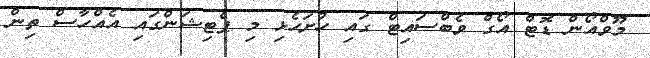
މޫވްއޯން ޑޮޓް އޯގް ވެބްސައިޓް ގައި ހުށަހެޅި މި ޕެޓިޝަންގައި އެއްހާސް ތިން